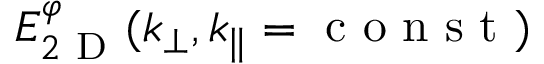
E _ { 2 \mathrm { ~ D ~ } } ^ { \varphi } ( k _ { \perp } , k _ { \parallel } = \mathrm { ~ c ~ o ~ n ~ s ~ t ~ } )